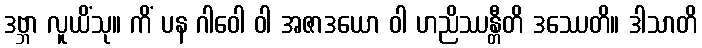
ဒဗ္ဘာ လူယိံသု။ ကိံ ပန ဂါဝေါ ဝါ အဇာဒယော ဝါ ဟညိဿန္တီတိ ဒဿေတိ။ ဒါသာတိ